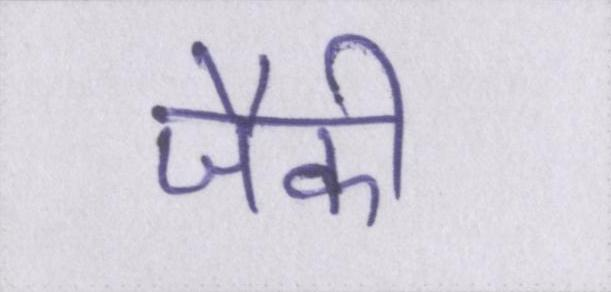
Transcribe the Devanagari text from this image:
जैकी